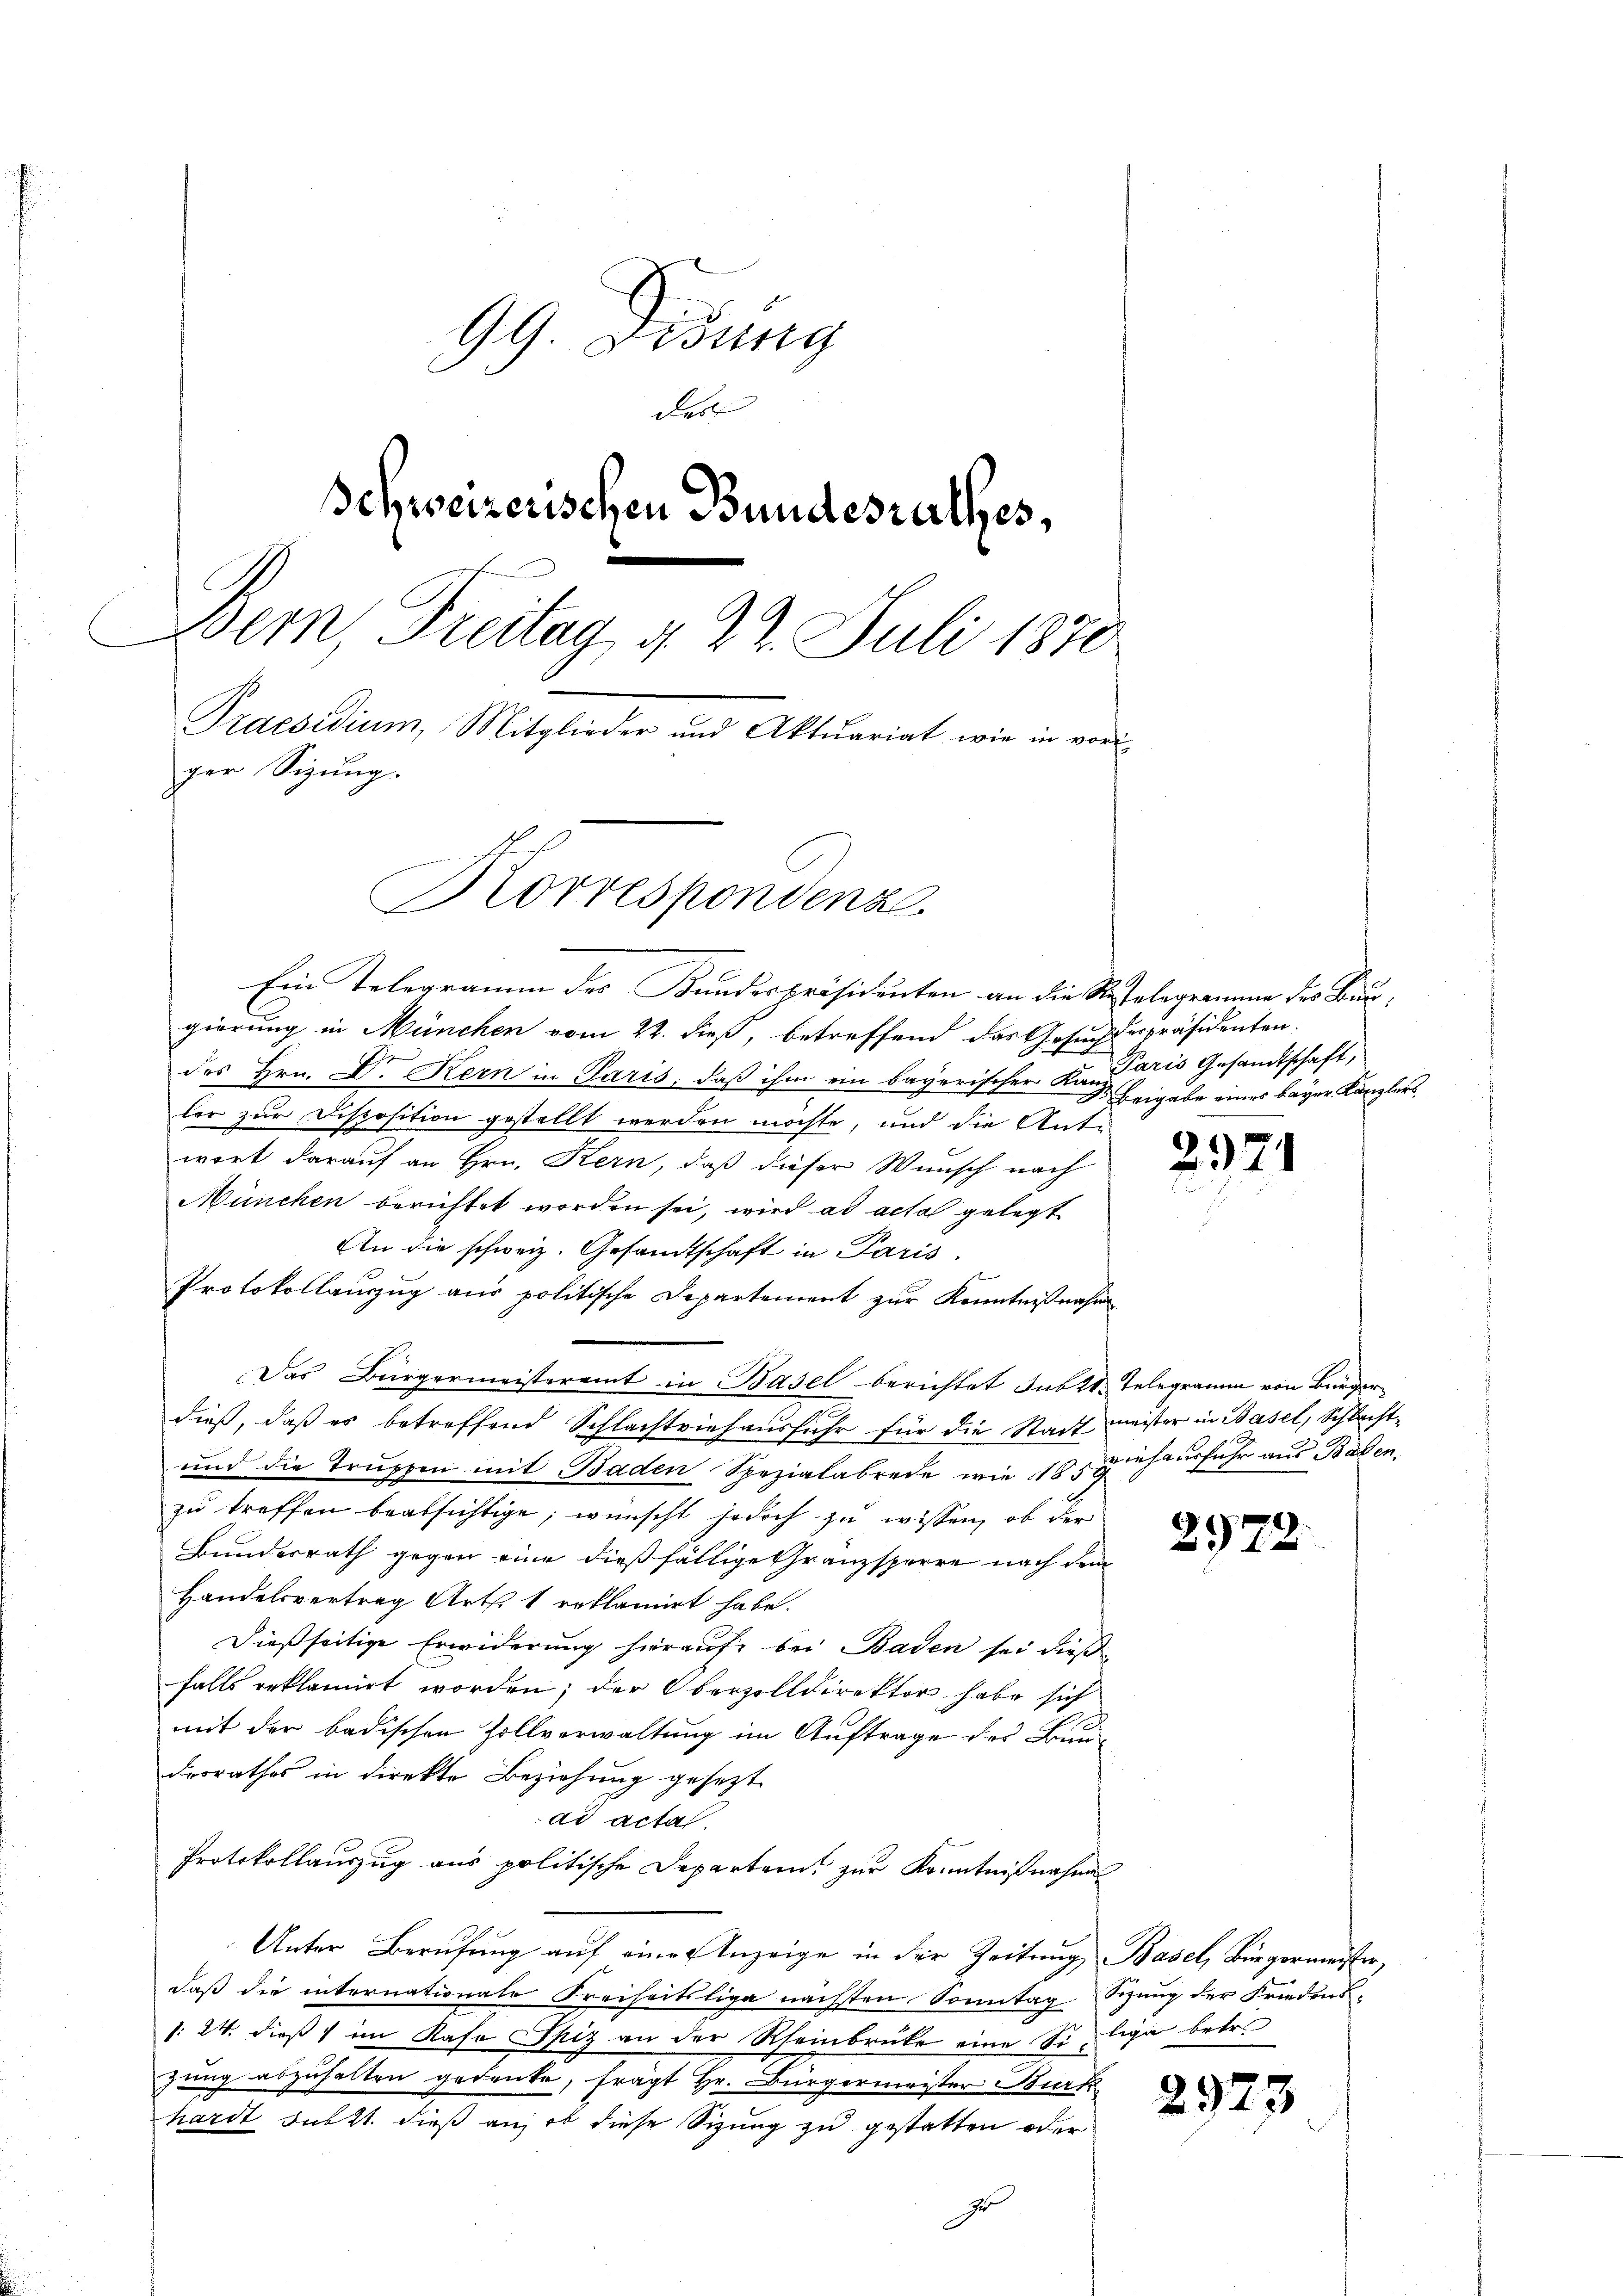
99 Didung
des
Schweizerischen Bundesrathes,
Bern, Freitag 4. 22. Juli 1870
Praesidium, Mitglieder und Aktuariat wie in voriger Sizung.
Korrespondenz.

Ein Telegramm des Bundespräsidenten an die Restelegramme des Bungierung in München vom 22. dieß, betreffend das Gesucherpräsidenten.
des Hrn. Dr. Kern in Paris, daß ihm ein bayerischer Kanddres Gesandtschaft,
lor zur Disposition gestellt werden möchte, und die Anto-
wort darauf an Hrn. Kern, daß dieser Wunsch nach
München berichtet worden sei, wird ad acta gelegt
An die schweiz. Gesandtschaft in Paris.
Protokollauszug aus politische Departement zur Kenntnißnahme
Das Bürgermeisteramt in Basel berichtet sub 14. Telegramm von Bürgerdieß, daß es betreffend Schlachtviehausführ für die Stadt meister in Basel, Schlecht¬
und die Truppen mit Baden Spezialabrede wie 10 geheurfuhr aus Baden.
zu treffen beabsichtige, wünscht jedoch zu wissen, ob der
Bundesrath gegen eine dießfällige Gränzsperre nach dem
Handelsvertrag Art. 1 erklamiert habe.
Dießseitige Erwiderung hierauf bei Baden sei dieß
falls reklamirt worden; der Oberzolldirektor habe sich
mit der badischen Zollverwaltung im Auftrage des Bundesrathes in direkte Beziehung gesezt
ad actal.
Protokollauszug aus politische Departein, zur Kenntnißnahme
Unter Berufung auf eine Anzeige in der Zeitung, Basel, Bürgermeister,
daß die internationale Freiheitsliga nächsten Sonntag Sizung der Friedens¬
/: 24. dieß im Kafo Spiz an der Rheinbrücke eine Silige betr.
zung abzuhalten gedenke, frägt Hr. Bürgermeister Burk
hardt subst. dieß an, ob diese Sitzung zu gestatten oder
E

Beigabe einer bayer Kanzlers

232

294

2923